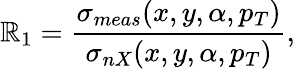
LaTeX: {\mathbb{R}_{1}}={\frac{{\sigma_{meas}(x,y,\alpha,p_{T})}}{{\sigma_{nX}(x,y,\alpha,p_{T})}}},